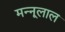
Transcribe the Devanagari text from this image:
मन्नूलाल